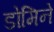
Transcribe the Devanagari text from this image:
डोमिने